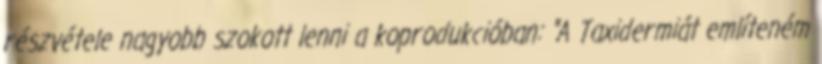
részvétele nagyobb szokott lenni a koprodukcióban: "A Taxidermiát említeném